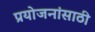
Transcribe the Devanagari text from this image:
प्रयोजनांसाठी